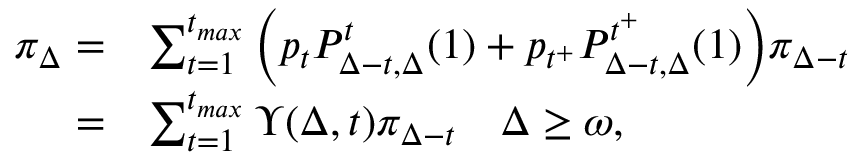
\begin{array} { r l } { \pi _ { \Delta } = } & { \sum _ { t = 1 } ^ { t _ { m a x } } \bigg ( p _ { t } P _ { \Delta - t , \Delta } ^ { t } ( 1 ) + p _ { t ^ { + } } P _ { \Delta - t , \Delta } ^ { t ^ { + } } ( 1 ) \bigg ) \pi _ { \Delta - t } } \\ { = } & { \sum _ { t = 1 } ^ { t _ { m a x } } \Upsilon ( \Delta , t ) \pi _ { \Delta - t } \quad \Delta \geq \omega , } \end{array}